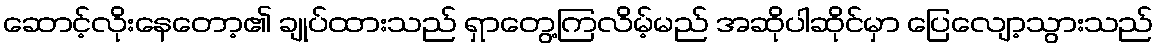
ဆောင့်လိုးနေတော့၏ ချုပ်ထားသည် ရှာတွေ့ကြလိမ့်မည် အဆိုပါဆိုင်မှာ ပြေလျော့သွားသည်